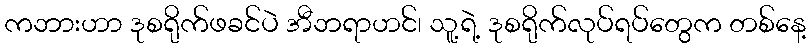
ကဘားဟာ ဒုစရိုက်ဖခင်ပဲ အီဘရာဟင်၊ သူ့ရဲ့ ဒုစရိုက်လုပ်ရပ်တွေက တစ်နေ့